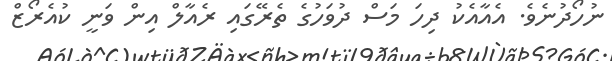
ނުހޯދުނެވެ. އެއާއެކު ދިހަ މަސް ދުވަހުގެ ތެރޭގައި ރެއާލް އިން ވަނީ ކުއެރޯޒް